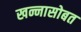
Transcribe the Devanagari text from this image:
खन्नासोबत